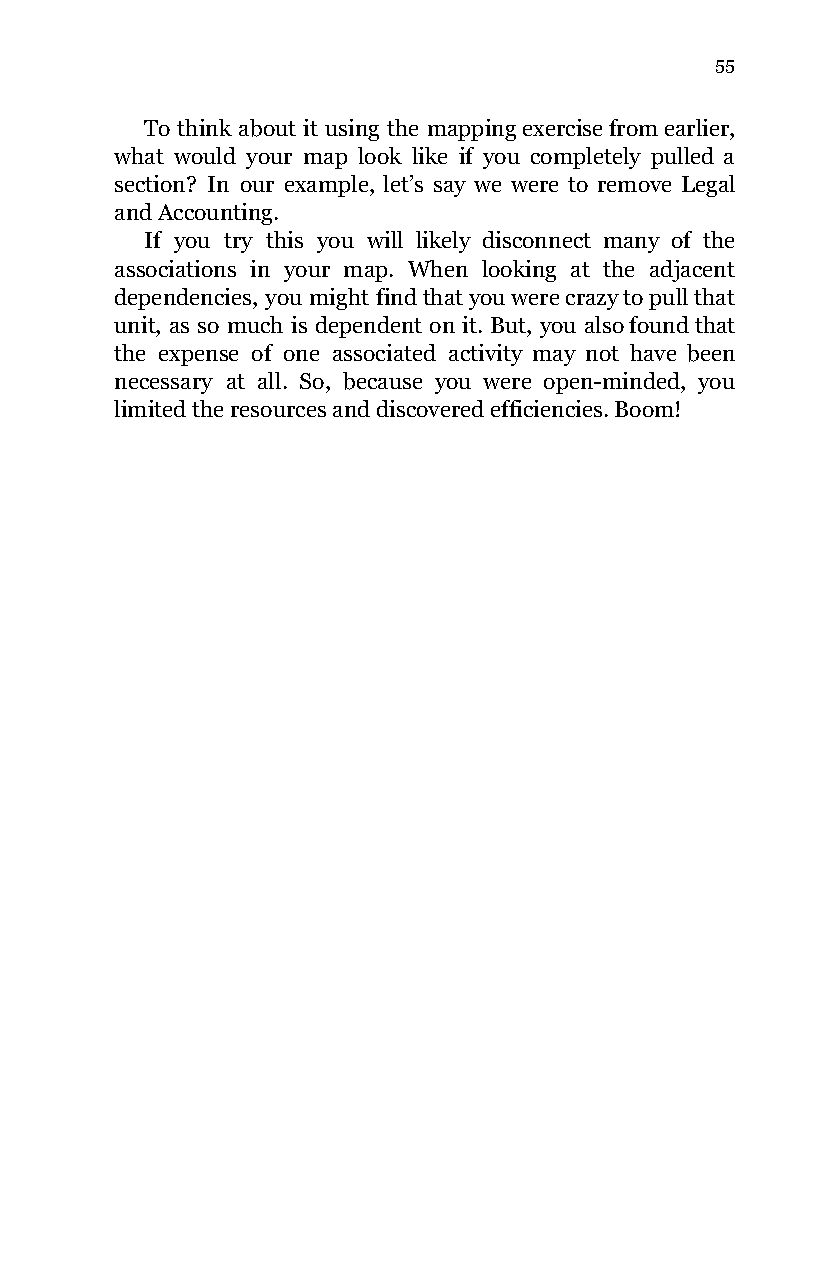
55
 To think about it using the mapping exercise from earlier,
 what would your map look like if you completely pulled a
 section? In our example, let’s say we were to remove Legal
 and Accounting.
 If you try this you will likely disconnect many of the
 associations in your map. When looking at the adjacent
 dependencies, you might find that you were crazy to pull that
 unit, as so much is dependent on it. But, you also found that
 the expense of one associated activity may not have been
 necessary at all. So, because you were open-minded, you
 limited the resources and discovered efficiencies. Boom!